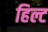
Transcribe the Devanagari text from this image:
हिल्ट